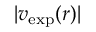
| v _ { \mathrm { e x p } } ( r ) |